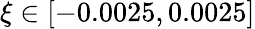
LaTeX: \xi\in[-0.0025,0.0025]